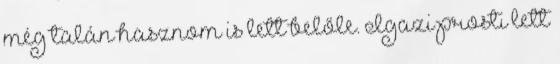
még talán hasznom is lett belőle. Igazi prosti lett